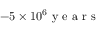
- 5 \times 1 0 ^ { 6 } \mathrm { ~ y ~ e ~ a ~ r ~ s ~ }